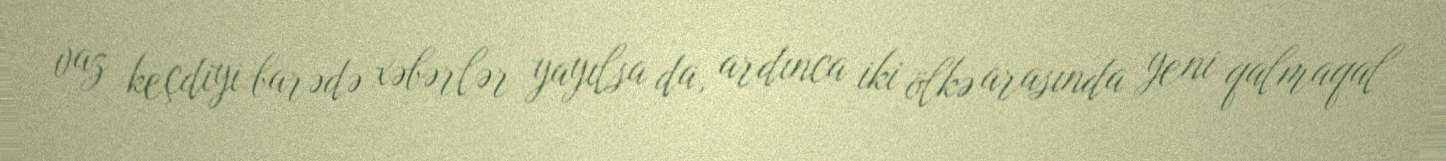
vaz keçdiyi barədə xəbərlər yayılsa da, ardınca iki ölkə arasında yeni qalmaqal